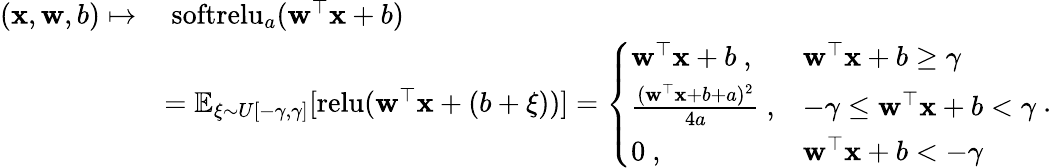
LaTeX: \begin{array}{rl}{(\mathbf x,\mathbf w,b)\mapsto}&{~\mathrm{softrelu}_{a}(\mathbf w^{\top}\mathbf x+b)}\\ &{=\mathbb{E}_{\xi\sim U[-\gamma,\gamma]}[\mathrm{relu}(\mathbf w^{\top}\mathbf x+(b+\xi))]=\left\{ \begin{array}{ll}{\mathbf w^{\top}\mathbf x+b~,}&{\mathbf w^{\top}\mathbf x+b\geq\gamma}\\ {\frac{(\mathbf w^{\top}\mathbf x+b+a)^{2}}{4a}~,}&{-\gamma\leq\mathbf w^{\top}\mathbf x+b<\gamma}\\ {0~,}&{\mathbf w^{\top}\mathbf x+b<-\gamma}\end{array}\right.~.}\end{array}